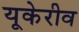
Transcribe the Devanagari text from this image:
यूकेरीव